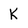
Character: K